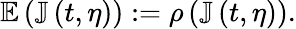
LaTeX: \mathbb{E}\left(\mathbb{J}\left(t,\eta\right)\right):=\rho\left(\mathbb{J}\left(t,\eta\right)\right).